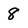
Character: 8